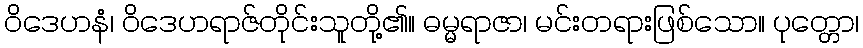
ဝိဒေဟနံ၊ ဝိဒေဟရာဇ်တိုင်းသူတို့၏။ ဓမ္မရာဇာ၊ မင်းတရားဖြစ်သော။ ပုတ္တော၊